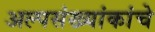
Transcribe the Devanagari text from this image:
अल्पसंख्यांकांचे